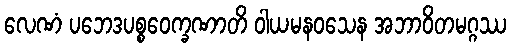
လေဏံ ပဘေဒပစ္စဝေက္ခဏာတိ ဝါယမနဝသေန အဘာဝိတမဂ္ဂဿ